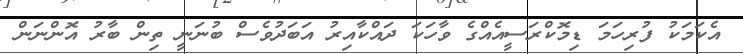
އެކަމަކު ފުރިހަމަ ޑިމޮކްރަސީއެއްގެ ވާހަކަ ދައްކާއިރު އަބަދުވެސް ބުނަނީ ތިން ބާރު އޮންނަން